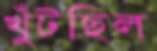
খুঁটছিল